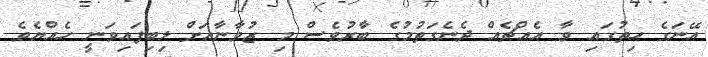
އޭނަގެ ހިތުގައި ވާ އެއްޗެއް ދެނެގަތުމުގެ ބާރުވެސް މި ޒުވާނާއަށް ލިބިފައިވަނީ ހެއްޔެވެ